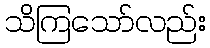
သိကြသော်လည်း